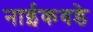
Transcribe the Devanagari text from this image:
नाईकवडे